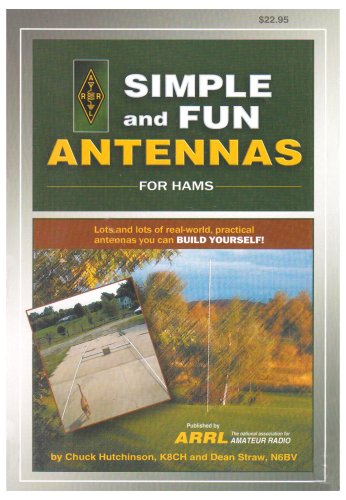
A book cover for Simple and Fun Antennas; ARRL Inc.; Crafts, Hobbies & Home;